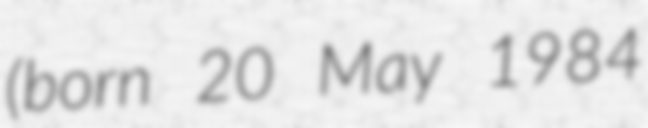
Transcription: (born 20 May 1984